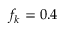
f _ { k } = 0 . 4